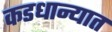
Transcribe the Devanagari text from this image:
कडधान्यात